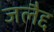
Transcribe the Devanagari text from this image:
जलैद्द